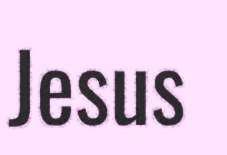
Jesus